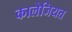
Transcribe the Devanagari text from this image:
कालेजियत